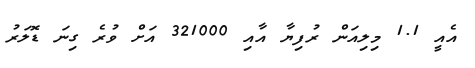
އެއީ 1.1 މިލިއަން ރުފިޔާ އާއި 321000 އަށް ވުރެ ގިނަ ޑޮލަރު